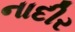
નાદીર